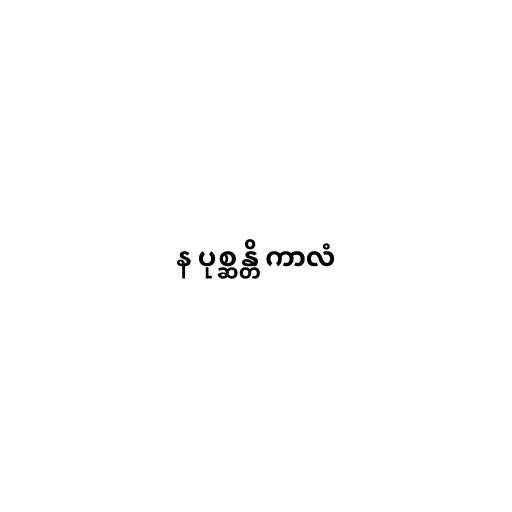
န ပုစ္ဆန္တိ ကာလံ